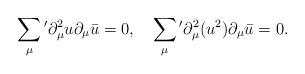
LaTeX: \begin{align*}\sum_{\mu}{}'\partial_{\mu}^2 u \partial_{\mu} \bar{u}=0, \quad \sum_{\mu}{}'\partial_{\mu}^2 (u^2) \partial_{\mu} \bar{u}=0. \end{align*}